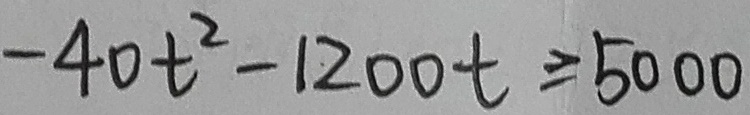
- 4 0 t ^ { 2 } - 1 2 0 0 t \geq 5 0 0 0